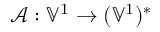
\mathcal { A } : \mathbb { V } ^ { 1 } \to ( \mathbb { V } ^ { 1 } ) ^ { * }